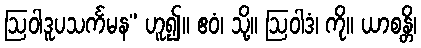
ဩဝါဒူပသင်္ကမန” ဟူ၍။ ဧဝံ၊ သို့။ ဩဝါဒံ၊ ကို။ ယာစန္တိ၊